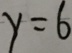
y = 6